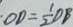
\cdot O D = \frac { 1 } { 2 } D B